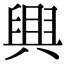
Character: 𦥷